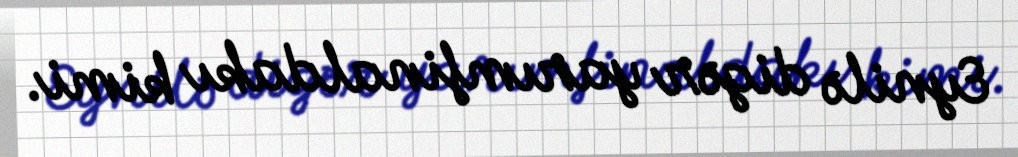
Eynilə digər yarımfinaldakı kimi.